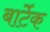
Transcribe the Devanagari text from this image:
बार्टेक